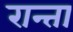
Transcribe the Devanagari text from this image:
रान्ता